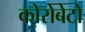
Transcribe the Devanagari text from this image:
कोरोबेटो